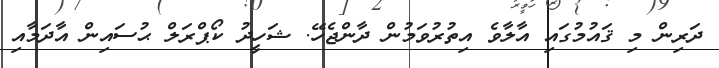
ދަރިން މި ޤައުމުގައި އާލާވެ އިތުރުވަމުން ދާންޖެހޭ. ޝަހީދު ކޯޕްރަލް ޙުސައިން އާދަމާއި